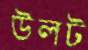
উলট